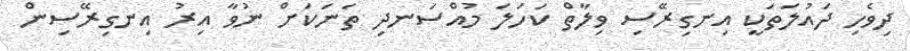
ދިވެހި ދައުލަތަކީ އިނގިރޭސި ވިލާތް ކަހަލަ މުއްސަނދި ތަނަކަށް ނުވާ އިރު އިނގިރޭސިން